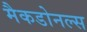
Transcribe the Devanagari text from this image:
मैकडोनल्स